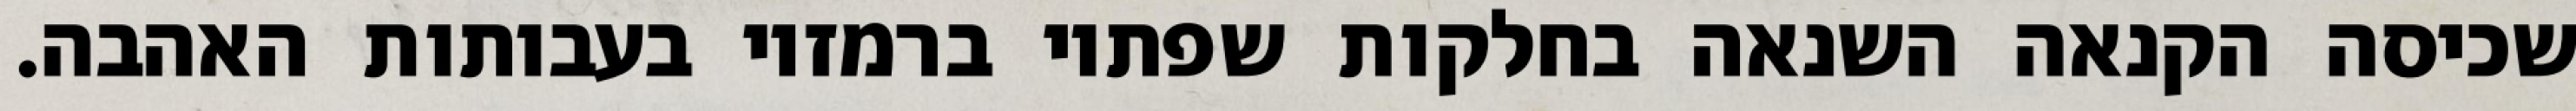
שכיסה הקנאה השנאה בחלקות שפתיו ברמזיו בעבותות האהבה.